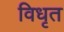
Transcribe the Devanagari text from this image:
विधृत